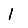
Digit: 1